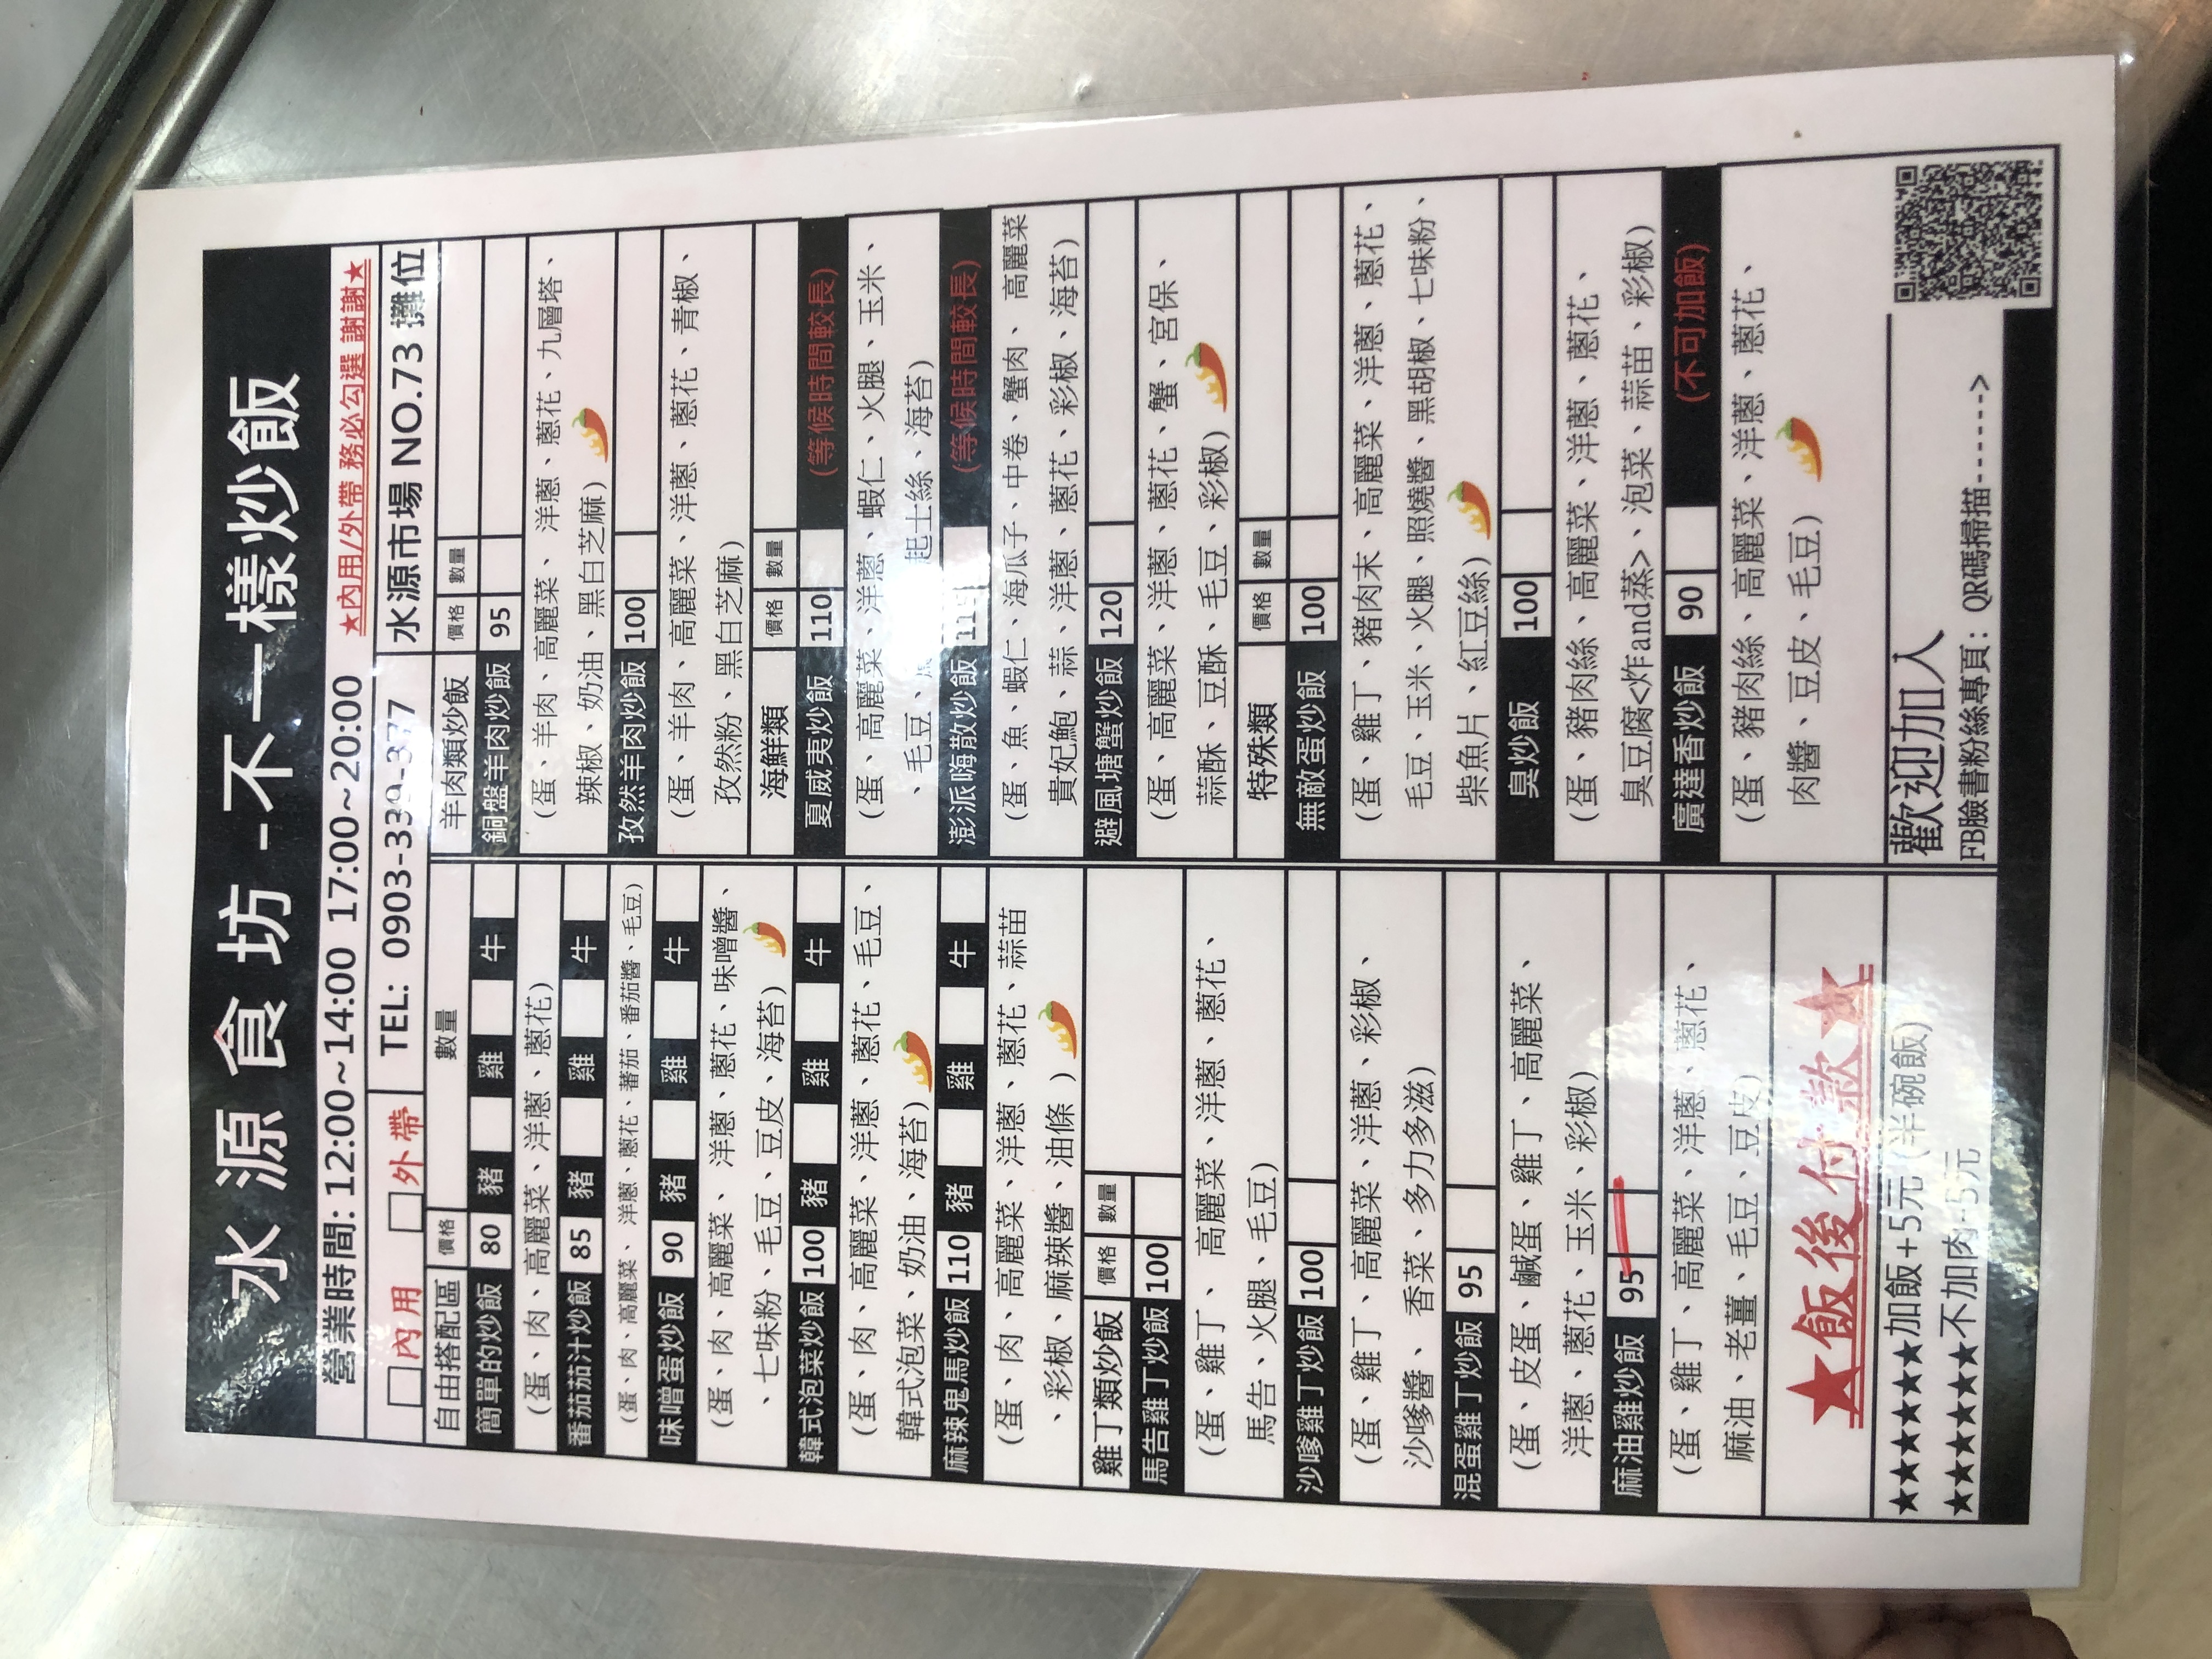
餐廳：水源食坊
地址：市場NO.73攤位
電話：0903-330-377
營業時間：12:00~14:00 17:00~20:00
菜單：
name: 簡單的炒飯 (豬肉)
price: 80
name: 簡單的炒飯 (羊肉)
price: 95
name: 番茄汁炒飯 (豬肉)
price: 85
name: 番茄汁炒飯 (牛肉)
price: 95
name: 味噌蛋炒飯 (豬肉)
price: 90
name: 味噌蛋炒飯 (牛肉)
price: 100
name: 韓式泡菜炒飯 (豬肉)
price: 100
name: 韓式泡菜炒飯 (牛肉)
price: 110
name: 麻辣鬼馬炒飯 (豬肉)
price: 110
name: 麻辣鬼馬炒飯 (牛肉)
price: 120
name: 馬告雞丁炒飯
price: 100
name: 沙嗲雞丁炒飯
price: 100
name: 混蛋雞丁炒飯
price: 95
name: 麻油雞丁炒飯
price: 95
name: 羊肉類炒飯
price: 95
name: 銅盤羊肉炒飯
price: 95
name: 夏威夷炒飯
price: 110
name: 澎派鴨散炒飯
price: 115
name: 廣連香炒飯
price: 90
name: 無敵蛋炒飯
price: 100
name: 臭炒飯
price: 100